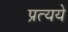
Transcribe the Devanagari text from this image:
प्रत्यये